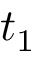
t _ { 1 }